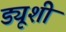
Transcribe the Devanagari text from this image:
ड्यूशी